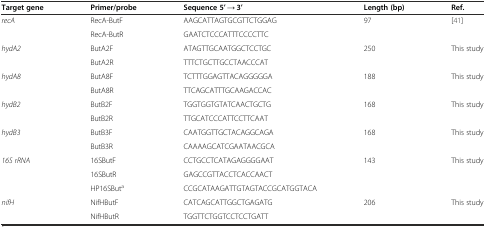
<table><thead><tr><td><b>Target gene</b></td><td><b>Primer/probe</b></td><td><b>Sequence 5’ → 3’</b></td><td><b>Length (bp)</b></td><td><b>Ref.</b></td></tr></thead><tbody><tr><td rowspan="2"><i>recA</i></td><td>RecA-ButF</td><td>AAGCATTAGTGCGTTCTGGAG</td><td rowspan="2">97</td><td rowspan="2">[41]</td></tr><tr><td>RecA-ButR</td><td>GAATCTCCCATTTCCCCTTC</td></tr><tr><td rowspan="2"><i>hydA2</i></td><td>ButA2F</td><td>ATAGTTGCAATGGCTCCTGC</td><td rowspan="2">250</td><td rowspan="2">This study</td></tr><tr><td>ButA2R</td><td>TTTCTGCTTGCCTAACCCAT</td></tr><tr><td rowspan="2"><i>hydA8</i></td><td>ButA8F</td><td>TCTTTGGAGTTACAGGGGGA</td><td rowspan="2">188</td><td rowspan="2">This study</td></tr><tr><td>ButA8R</td><td>TTCAGCATTTGCAAGACCAC</td></tr><tr><td rowspan="2"><i>hydB2</i></td><td>ButB2F</td><td>TGGTGGTGTATCAACTGCTG</td><td rowspan="2">168</td><td rowspan="2">This study</td></tr><tr><td>ButB2R</td><td>TTGCATCCCATTCCTTCAAT</td></tr><tr><td rowspan="2"><i>hydB3</i></td><td>ButB3F</td><td>CAATGGTTGCTACAGGCAGA</td><td rowspan="2">168</td><td rowspan="2">This study</td></tr><tr><td>ButB3R</td><td>CAAAAGCATCGAATAACGCA</td></tr><tr><td rowspan="3"><i>16S rRNA</i></td><td>16SButF</td><td>CCTGCCTCATAGAGGGGAAT</td><td rowspan="3">143</td><td rowspan="3">This study</td></tr><tr><td>16SButR</td><td>GAGCCGTTACCTCACCAACT</td></tr><tr><td>HP16SBut<sup>a</sup></td><td>CCGCATAAGATTGTAGTACCGCATGGTACA</td></tr><tr><td rowspan="2"><i>nifH</i></td><td>NifHButF</td><td>CATCAGCATTGGCTGAGATG</td><td rowspan="2">206</td><td rowspan="2">This study</td></tr><tr><td>NifHButR</td><td>TGGTTCTGGTCCTCCTGATT</td></tr></tbody></table>